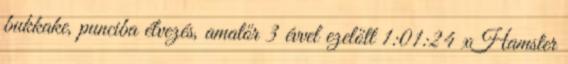
bukkake, punciba élvezés, amatőr 3 évvel ezelőtt 1:01:24 xHamster